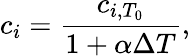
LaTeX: c_{i}={\frac{c_{i,T_{0}}}{1+\alpha\Delta T}},